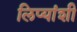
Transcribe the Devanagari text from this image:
लिप्यांशी